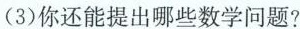
(3)你还能提出哪些数学问题?